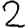
Digit: 2